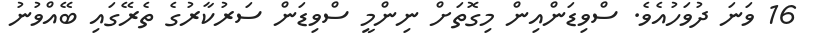
16 ވަނަ ދުވަހުއެވެ. ސްވިޑަންއިން މިގޮތަށް ނިންމީ ސްވިޑަން ސަރުކާރުގެ ތެރޭގައި ބޭއްވުނު